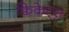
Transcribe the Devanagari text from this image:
क्विकेट्स